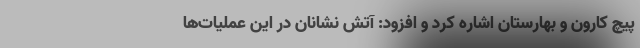
پیچ کارون و بهارستان اشاره کرد و افزود: آتش نشانان در این عملیات‌ها